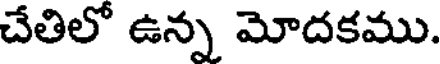
చేతిలో ఉన్న మోదకము.